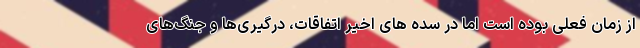
از زمان فعلی بوده است اما در سده های اخیر اتفاقات، درگیری‌ها و جنگ‌های